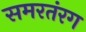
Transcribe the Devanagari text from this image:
समरतंरग